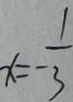
x = - \frac { 1 } { 3 }